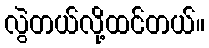
လွဲတယ်လို့ထင်တယ်။